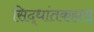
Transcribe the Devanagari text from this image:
सिद्धांतकहता